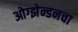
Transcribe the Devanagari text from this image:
ओग्झेन्डनचा